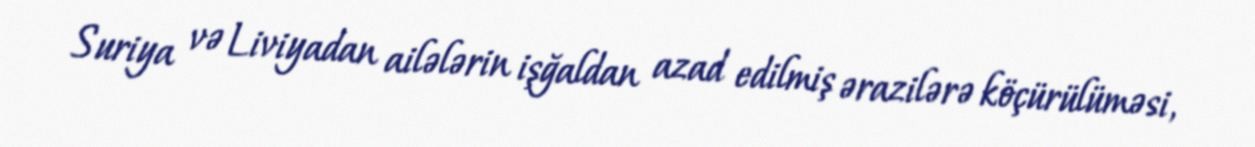
Suriya və Liviyadan ailələrin işğaldan azad edilmiş ərazilərə köçürülüməsi,